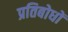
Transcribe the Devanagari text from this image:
प्रतिबोधों